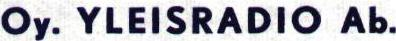
Oy. YLEISRADIO Ab.